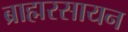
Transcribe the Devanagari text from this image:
ब्राह्मरसायन